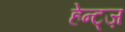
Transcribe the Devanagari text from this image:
हेन्ट्ज़